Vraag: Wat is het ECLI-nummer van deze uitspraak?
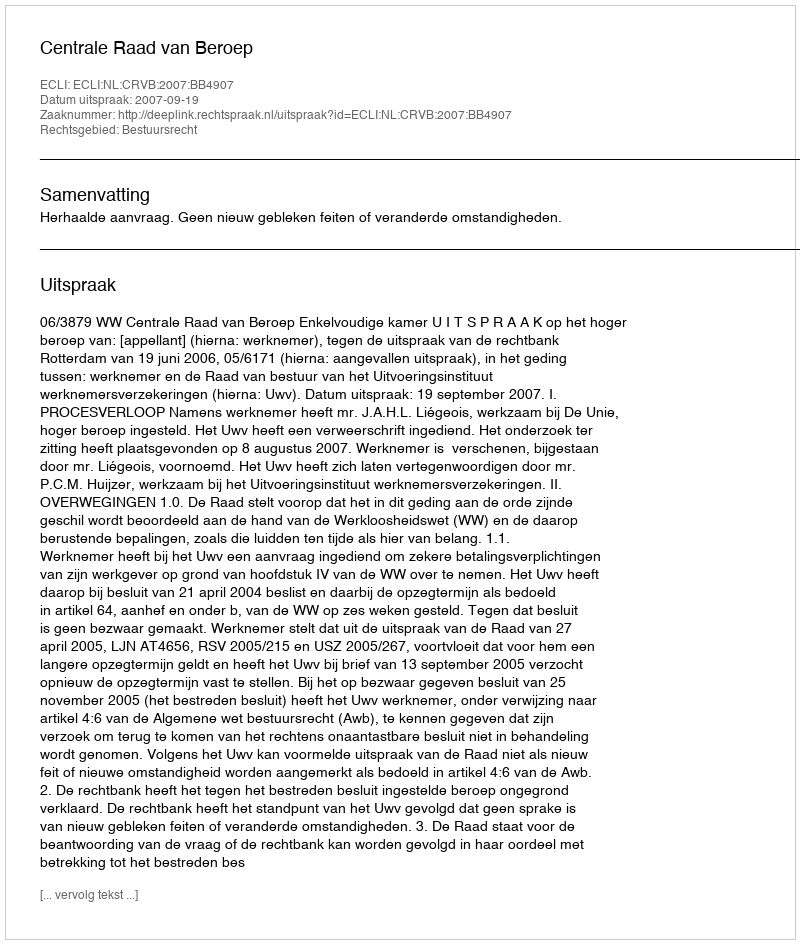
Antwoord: ECLI:NL:CRVB:2007:BB4907